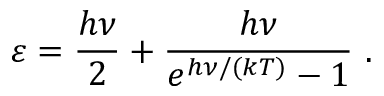
\varepsilon = { \frac { h \nu } { 2 } } + { \frac { h \nu } { e ^ { h \nu / ( k T ) } - 1 } } ~ .